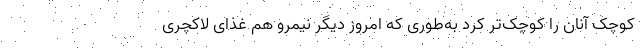
کوچک آنان را کوچک‌تر کرد به‌طوری که امروز دیگر نیمرو هم غذای لاکچری